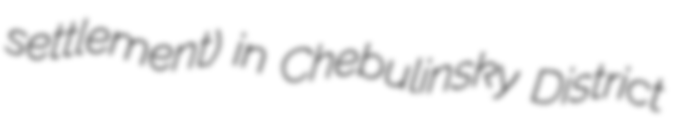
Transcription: settlement) in Chebulinsky District